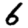
Digit: 6